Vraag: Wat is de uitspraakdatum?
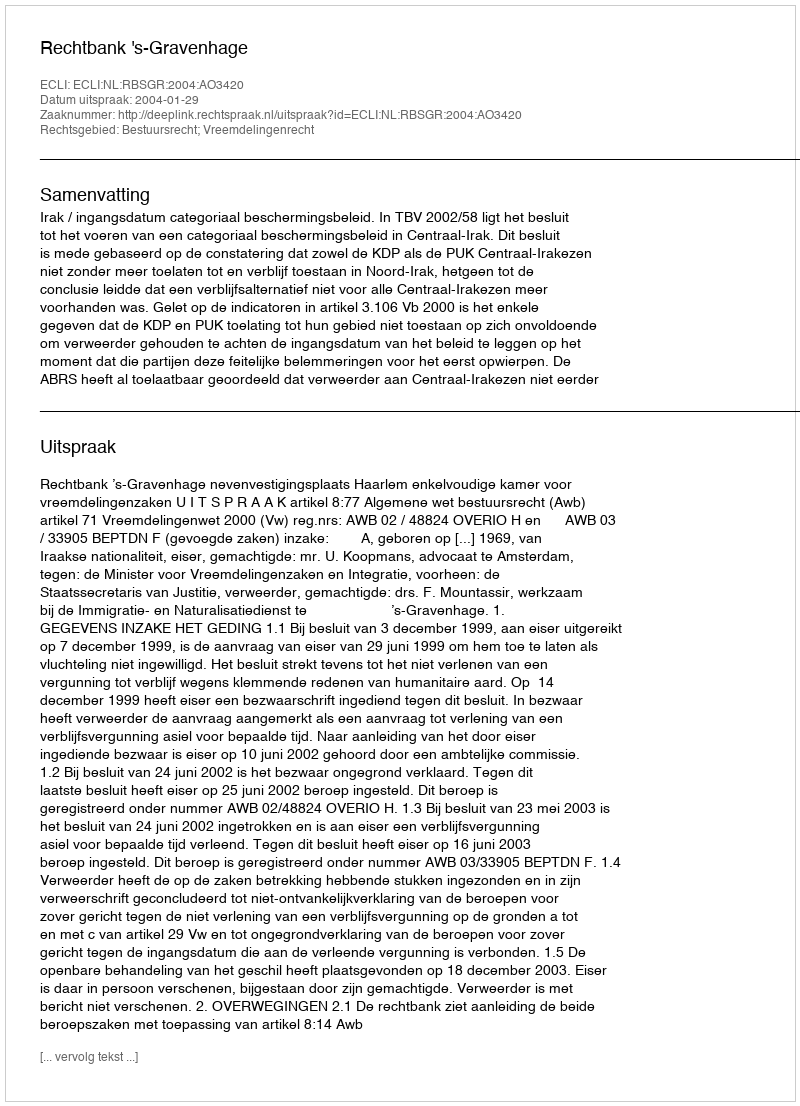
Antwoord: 2004-01-29